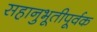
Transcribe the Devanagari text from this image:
सहानुभूतीपूर्वक